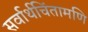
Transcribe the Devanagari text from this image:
सर्वार्थचिंतामणि